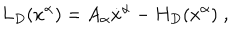
LaTeX: L _ { D } ( x ^ { \alpha } ) = A _ { \alpha } \dot { x } ^ { \alpha } - H _ { D } ( x ^ { \alpha } ) \; ,